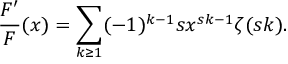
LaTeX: \frac { F ^ { \prime } } { F } ( x ) = \sum _ { k \ge 1 } ( - 1 ) ^ { k - 1 } s x ^ { s k - 1 } \zeta ( s k ) .